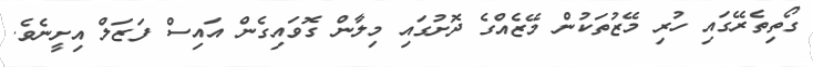
ގޯތިތެރޭގައި ހުރި މޭޒުތަކުން މޭޒެއްގެ ދޮށުގައި މިލާން ގޮވައިގެން އައިސް ފަޒަލް އިށީނެވެ.